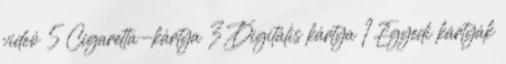
videó 5 Cigaretta-kártya 3 Digitális kártya 1 Egyedi kártyák